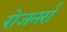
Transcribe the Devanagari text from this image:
रोजनर्रा